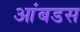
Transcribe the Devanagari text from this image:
आंबडस